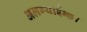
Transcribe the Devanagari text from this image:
अलग्याईन्छ।